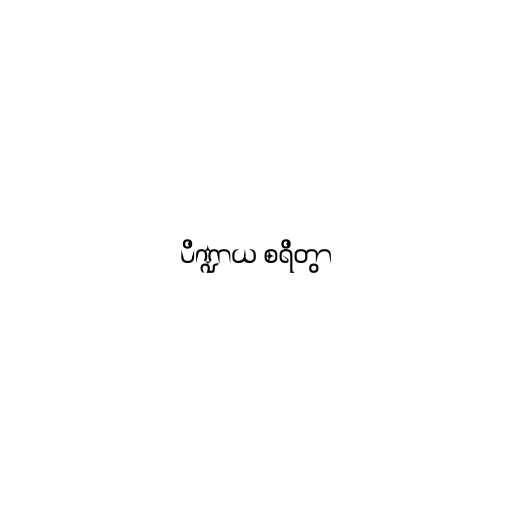
ပိဏ္ဍာယ စရိတွာ